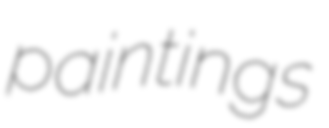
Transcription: paintings